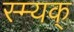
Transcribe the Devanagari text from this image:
स्म्यक्‌